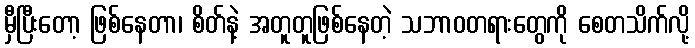
မှီပြီးတော့ ဖြစ်နေတာ၊ စိတ်နဲ့ အတူတူဖြစ်နေတဲ့ သဘာဝတရားတွေကို စေတသိက်လို့